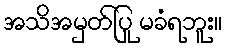
အသိအမှတ်ပြု မခံရဘူး။